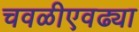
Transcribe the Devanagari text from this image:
चवळीएवढ्या